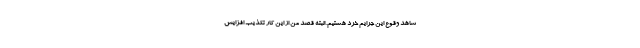
شاهد وقوع این جرایم خرد هستیم. البته قصد من از این کار تکذیب افزایش